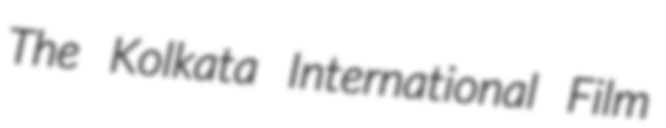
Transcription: The Kolkata International Film